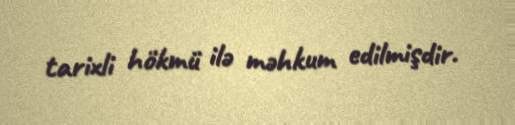
tarixli hökmü ilə məhkum edilmişdir.